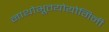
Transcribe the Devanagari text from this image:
नाथोभूतयोयोगिनी